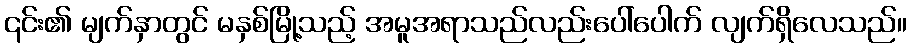
၎င်း၏ မျက်နှာတွင် မနှစ်မြို့သည့် အမူအရာသည်လည်းပေါ်ပေါက် လျက်ရှိလေသည်။